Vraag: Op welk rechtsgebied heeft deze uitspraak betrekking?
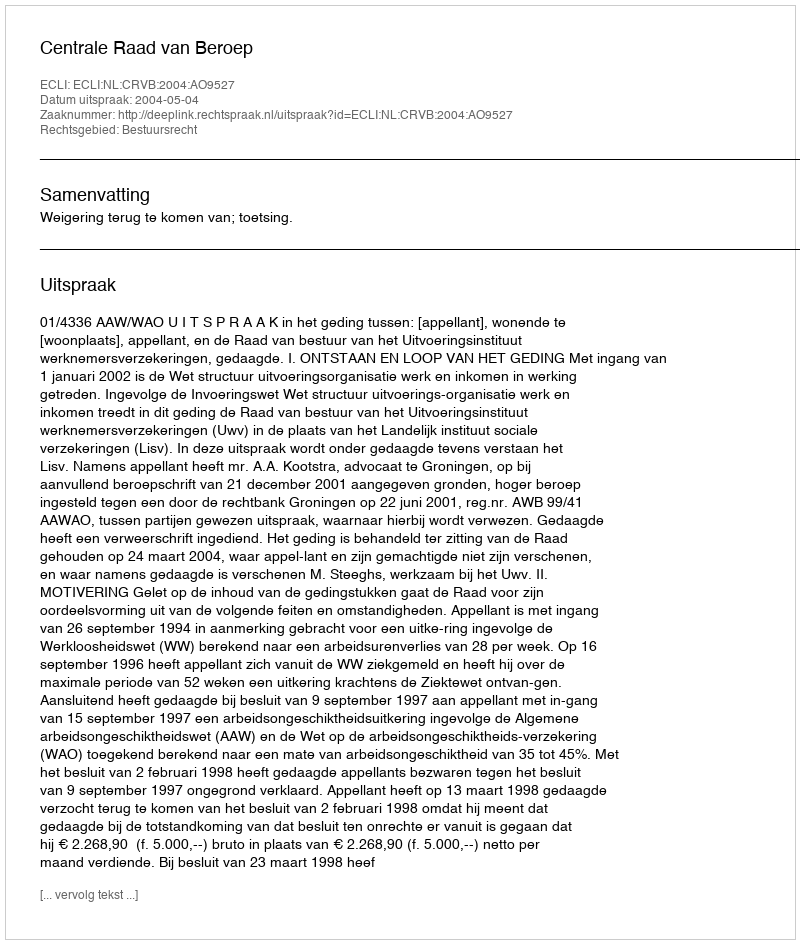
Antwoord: Bestuursrecht